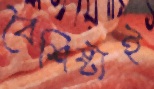
বৈশিষ্ট্যই